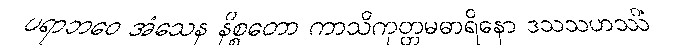
ပရာဘဝေ အံသေန နိစ္စတော ကာသိကုတ္တမဓာရိနော ဒသသဟဿိံ